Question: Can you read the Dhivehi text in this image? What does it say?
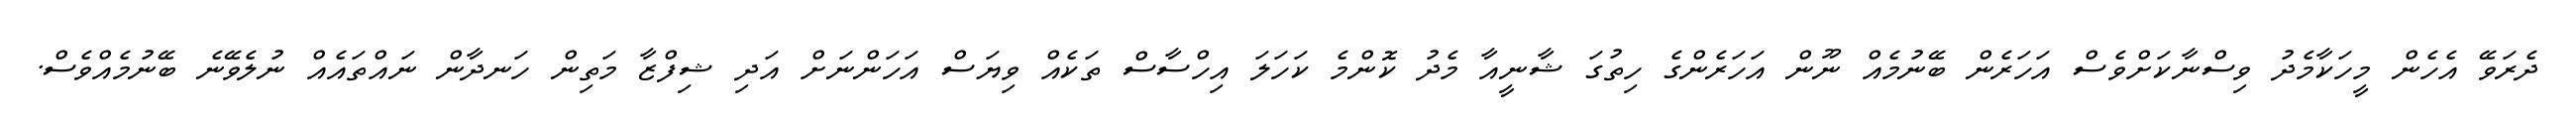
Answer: ދެރަވޭ އެހެން މީހަކާމެދު ވިސްނާކަށްވެސް އަހަރެން ބޭނުމެއް ނޫން އަހަރެންގެ ހިތުގަ ޝާނީއާ މެދު ކޮންމެ ކަހަލަ އިހްސާސް ތަކެއް ވިޔަސް އަހަންނަށް އަދި ޝިފްޒާ މަތިން ހަނދާން ނައްތައެއް ނުލެވޭނެ ބޭނުމެއްވެސް.